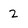
Character: 2